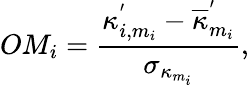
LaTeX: OM_{i}=\frac{\kappa_{i,m_{i}}^{'}-\overline{{\kappa}}_{m_{i}}^{'}}{\sigma_{\kappa_{m_{i}}}},